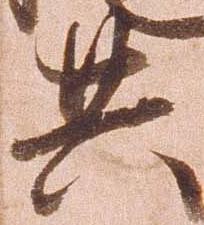
共